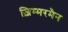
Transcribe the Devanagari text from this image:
ज़िम्मरमैन